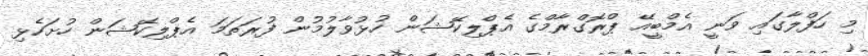
މި ހަފްލާގައި ވަނީ އެމްބީއޭ ޕްރޮގްރާމްގެ އެޕްލިކޭޝަން ހުޅުވާލުމުން ފުރަތަމަ އެޕްލިކޭޝަން ހުށަހެޅި